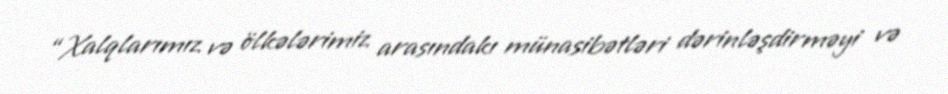
“Xalqlarımız və ölkələrimiz arasındakı münasibətləri dərinləşdirməyi və